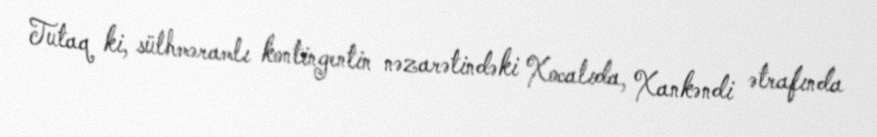
Tutaq ki, sülhməramlı kontingentin nəzarətindəki Xocalıda, Xankəndi ətrafında